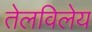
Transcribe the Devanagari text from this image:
तेलविलेय